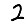
Digit: 2